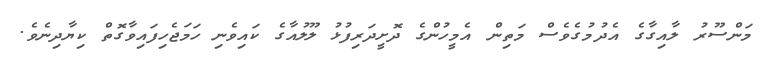
މަންސޫރު ލާއިގާގެ އެދުމުގެވެސް މަތިން އެމީހުންގެ ދޮށީދަރިފުޅު ލޫލުއާގެ ކައިވެނި ހަމަޖެހިފައިވާގޮތް ކިޔާދިނެވެ.